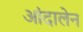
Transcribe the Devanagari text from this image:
आंदालेन